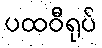
ပထဝီရုပ်